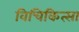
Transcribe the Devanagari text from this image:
विचिकित्सा